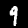
Label: 9